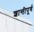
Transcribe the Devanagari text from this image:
शान्तीपूर्ण